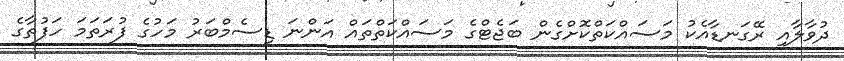
ދުވާލާއި ރޭގަނޑާއެކު މަސައްކަތްކޮށްގެން ބަޖެޓްގެ މަސައްކަތްތައް އަންނަ ޑިސެމްބަރު މަހުގެ ފުރަތަމަ ހަފުތާގެ